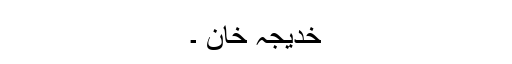
خدیجہ خان ۔